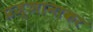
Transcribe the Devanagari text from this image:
प्रज्ञानाकर